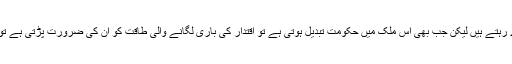
یوں تو ان کانوں کے ہمیشہ وارے نیارے رہتے ہیں لیکن جب بھی اس ملک میں حکومت تبدیل ہوتی ہے تو اقتدار کی باری لگانے والی طاقت کو ان کی ضرورت پڑتی ہے تو ان کے مزید وارے نیارے ہوجاتے ہیں۔